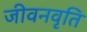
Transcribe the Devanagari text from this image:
जीवनवृति